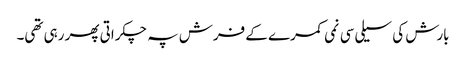
بارش کی سیلی سی نمی کمرے کے فرش پہ چکراتی پھر رہی تھی۔